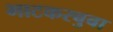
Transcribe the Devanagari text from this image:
भाटकरबुबा